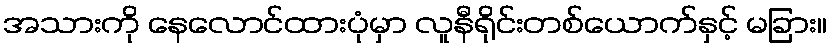
အသားကို နေလောင်ထားပုံမှာ လူနီရိုင်းတစ်ယောက်နှင့် မခြား။